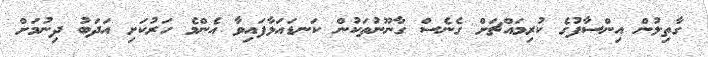
ގާތިލުން އިންސާފުގެ ކުރިމައްޗަށް ގެނެސް ގާނޫނުތަކުން ކަނޑައަޅާފައިވާ އެންމެ ހަރުކަށި އަދަބު ދިނުމަށް